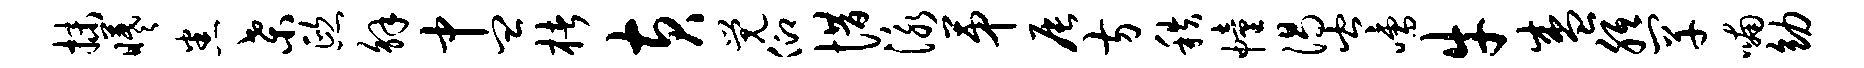
抹曦悉桑熙解中皿楮黄觉仰惜泳第辰方秩幢渴岑嚅牛盛胝罕喃幼